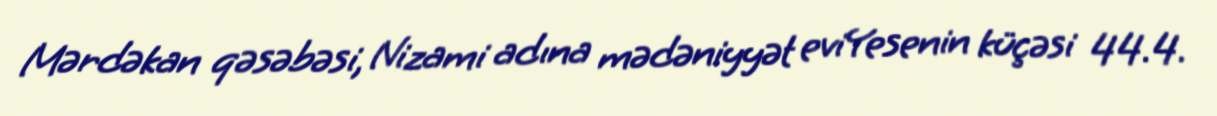
Mərdəkan qəsəbəsi, Nizami adına mədəniyyət eviYesenin küçəsi 44.4.